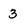
Character: 3